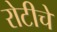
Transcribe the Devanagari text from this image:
रोटीचे